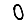
Digit: 0